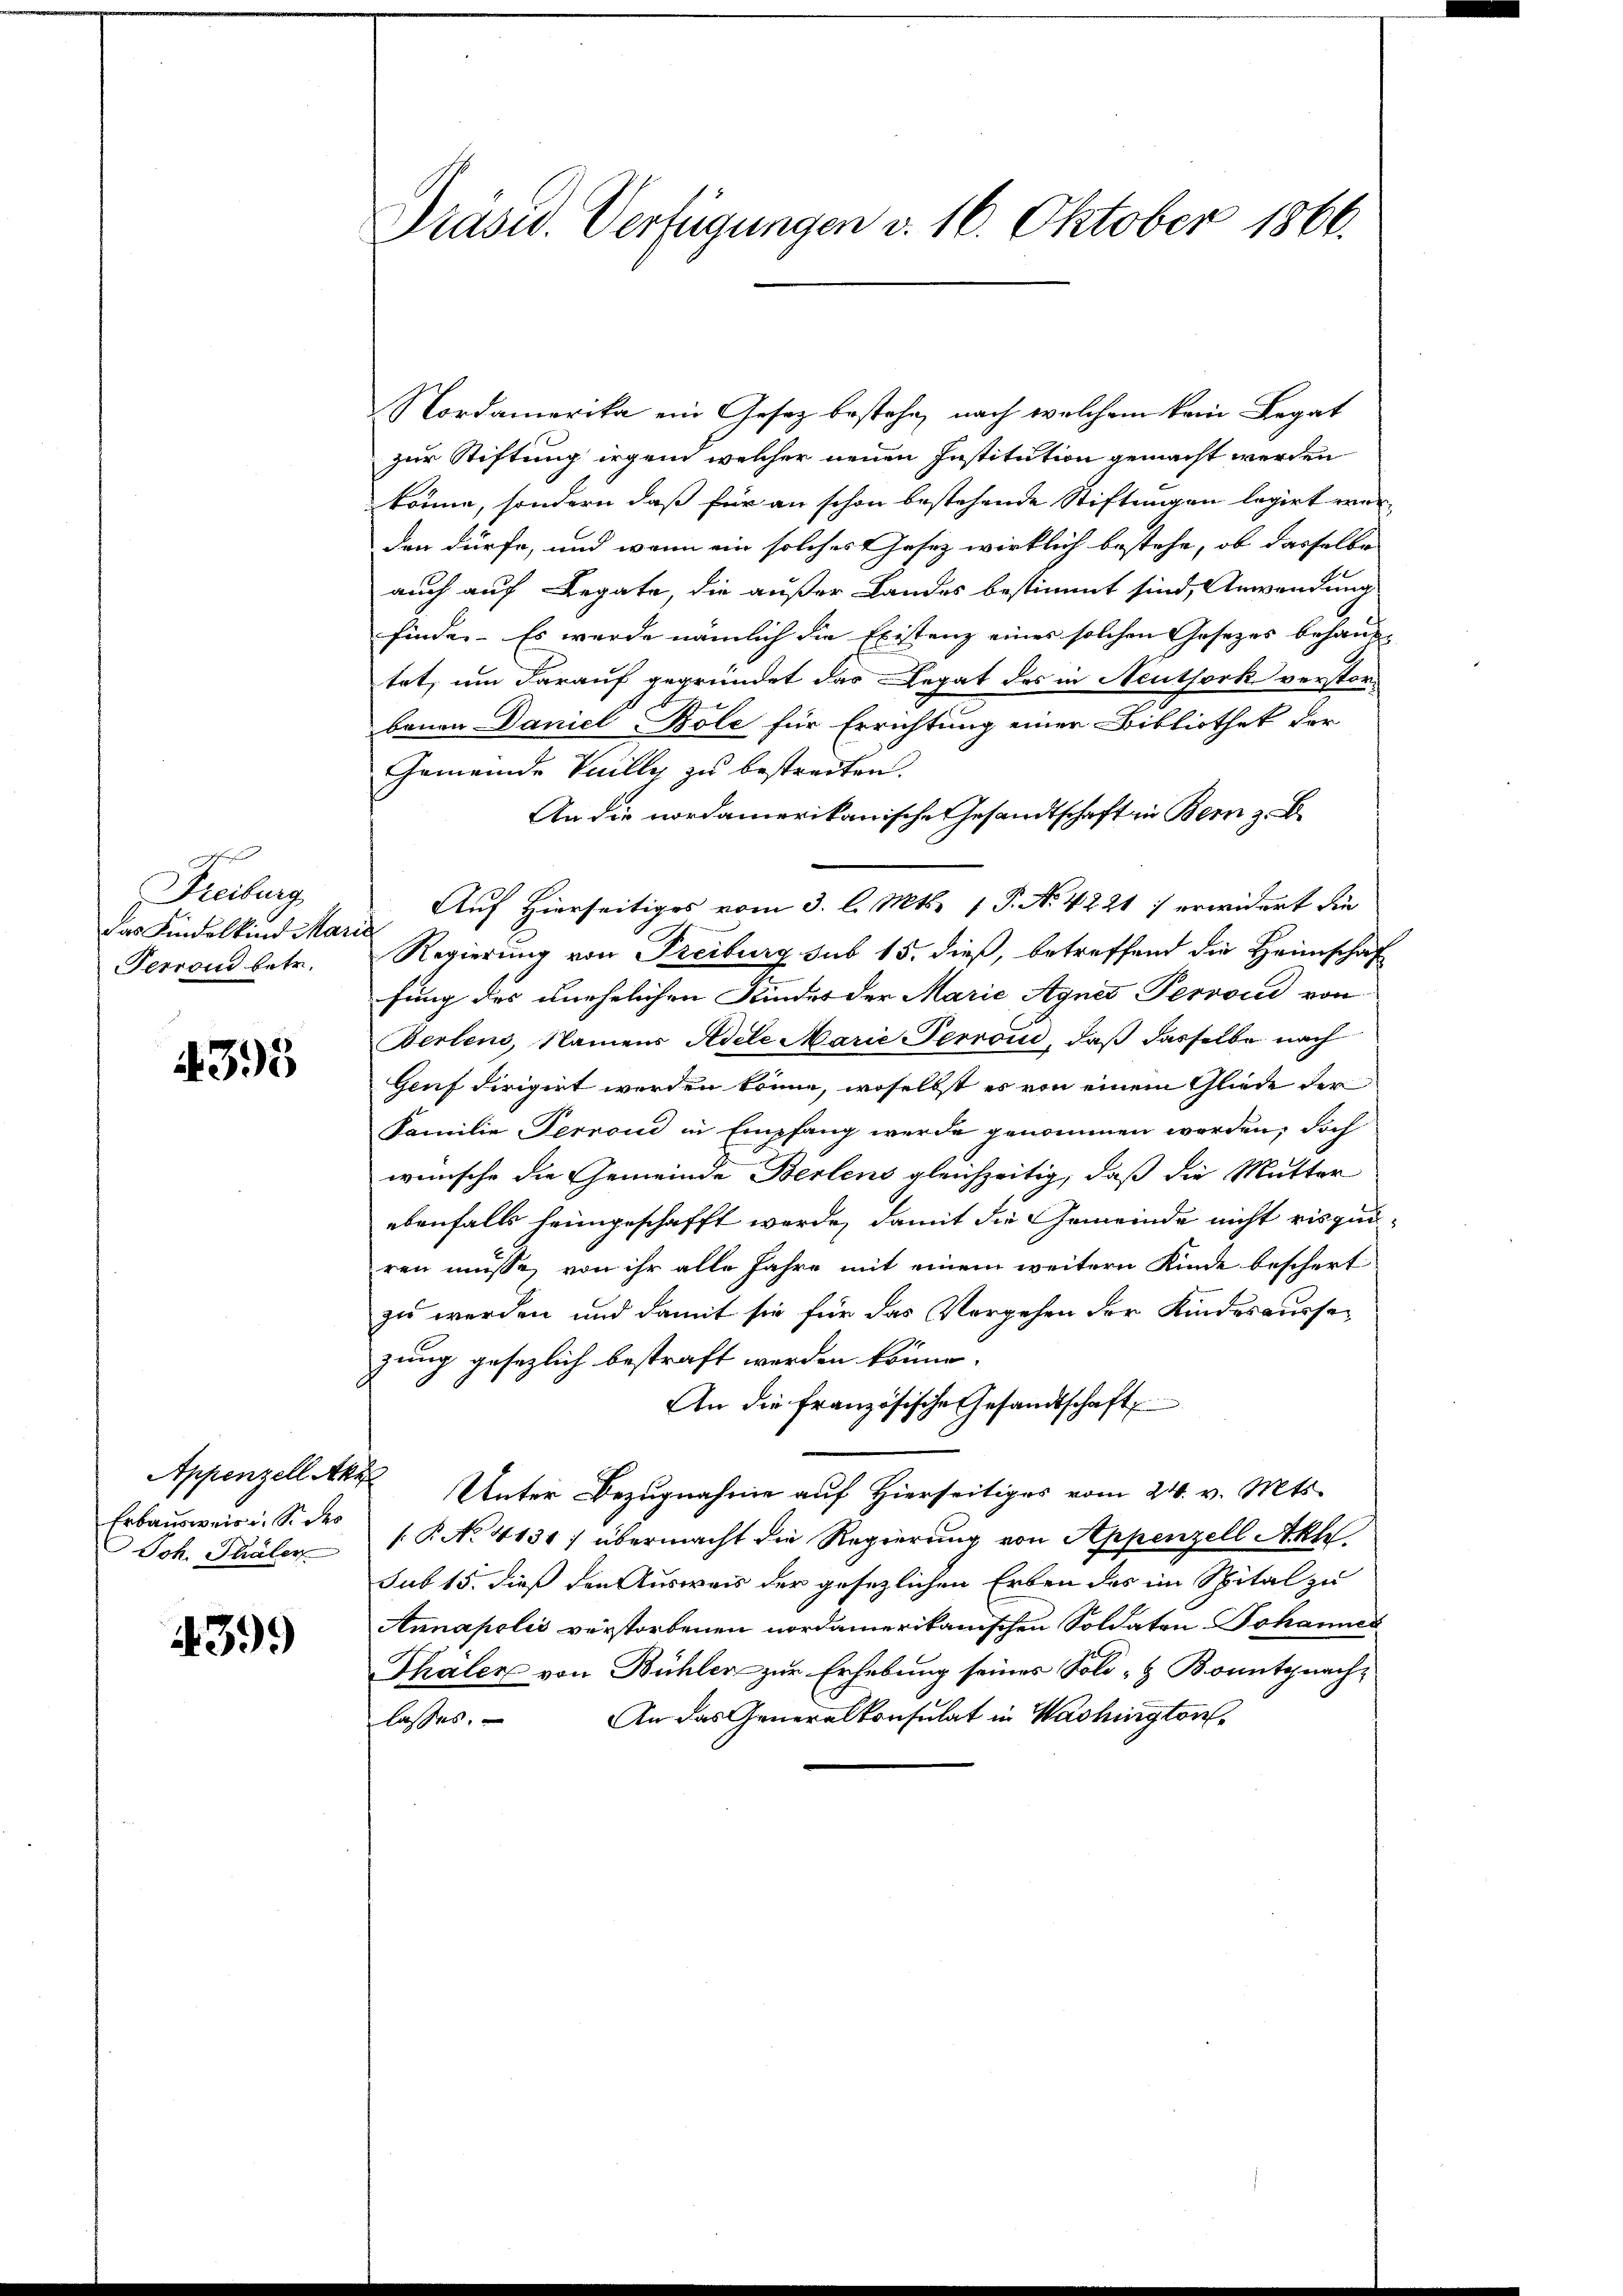
Freiburg
das Kindelkind Mari
Perrond betr.

4395

Erbausweis i. S. des
Joh. Thaler

439.

Präsid. Verfügungen v. 16. Oktober 1866.

Nordamerika ein Gesetz bestehe, nach welchem kein Legat
zur Stiftung irgend welcher neuen Institution gemacht werden
könne, sondern daß für an schon bestehende Stiftungen legirt worden dürfe, und wenn ein solches Gesez wirklich bestehe, ob dasselbe
auch auf Legate, die außer Landes bestimmt sind, Anwendung
finde. Es wurde nämlich die Existenz eines solchen Gesezes behaup-
tet, um darauf gegründet das Legat des in Neuthork verstor-
benen Daniel Bole für Errichtung einer Bibliothek der
Gemeinde Knilly zu bestreiten.
An die nordamerikanische Gesandtschaft in Bern z. B.
Auf Hierseitiges vom 3. l. Mts. 1 P. Nr. 4221: erwidert die
Regierung von Freiburg sub 15. dieß, betreffend die Heimschaf
fung des unehelichen Kinder der Marie Agnes Perroud von
Berlens, Namens Adele Marie Perroić, daß dasselbe nach
Genf dirigirt werden könne, woselbst es von einem Gliede der
Familie Perrond in Empfang werde genommen worden; doch
wünsche die Gemeinde Berlens gleichzeitig, daß die Mutter
ebenfalls heimgeschafft werde, damit die Gemeinde nicht risqui-
ren müsse, von ihr alle Jahre mit einem weitern Kinde beschert
zu werden und damit sie für das Vergehen der Kindesausse
zung gesezlich bestraft werden könne.
An die französische Gesandtschaft
Appenzell Akt Unter Bezugnahme auf Hierseitiges vom 24. v. Mts.
[P No. 4131) übermacht die Regierung von Appenzell Akte
sub 15. dieß den Ausweis der gesezlichen Erben des im Spital zu
Annapolis verstorbenen nordamerikanischen Soldaten Johannes
Thäler von Bühlen zur Erhebung seines Soli- & Bonitgnach-
An das Generalkonsulat in Washington,
lasses.